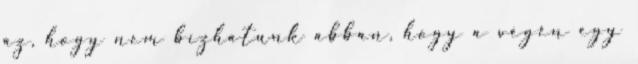
az, hogy nem bízhatunk abban, hogy a végén egy